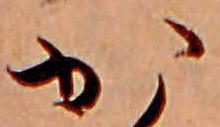
か